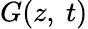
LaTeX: G(z,\ t)